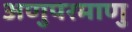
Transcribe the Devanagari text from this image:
अणुपरमाणु